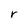
Character: r